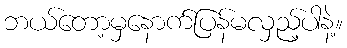
ဘယ်တော့မှနောက်ပြန်မလှည့်ပါနဲ့။